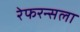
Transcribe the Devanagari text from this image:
रेफरन्सला